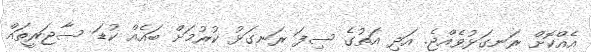
އެއްކޮށް ރަނގަޅުވެއްޖެ. އަދި އަތުގެ ސިފަ ރަނގަޅު ކުރުމަށް ބައެއް ކުޑަ ސާޖަރީތައް